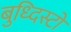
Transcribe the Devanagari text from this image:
बुध्दिस्टो